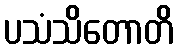
ပသံသိတောတိ